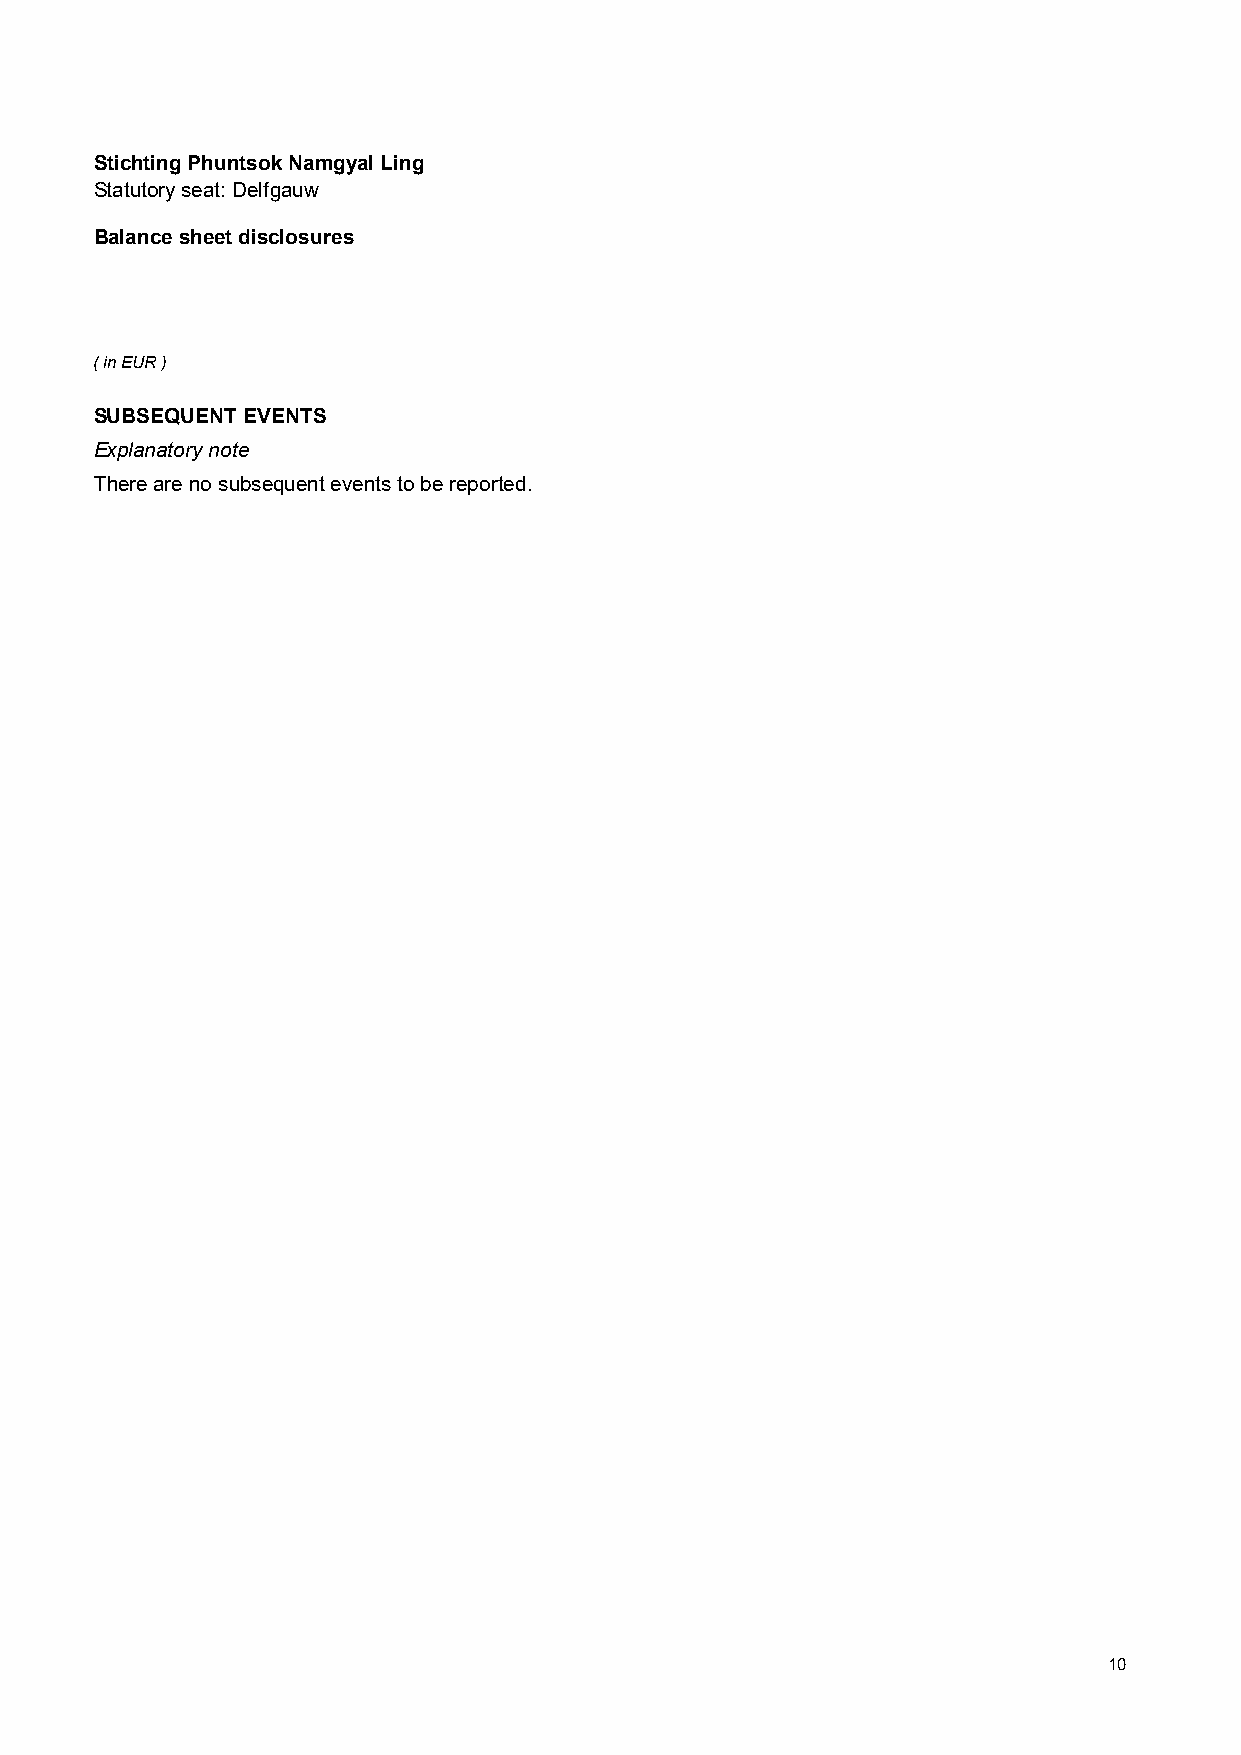
Stichting Phuntsok Namgyal Ling              Stichting Phuntsok Namgyal Ling
 Statutory seat: Delfgauw                     Statutory seat: Delfgauw
 Balance sheet disclosures                    Balance sheet disclosures
 ( in EUR )
 SUBSEQUENT EVENTS
 Explanatory note
 There are no subsequent events to be reported.
 10